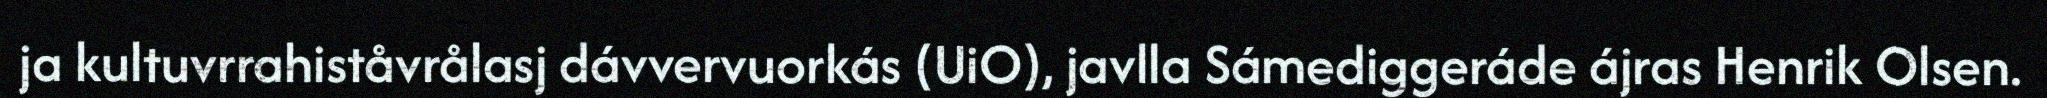
ja kultuvrrahiståvrålasj dávvervuorkás (UiO), javlla Sámediggeráde ájras Henrik Olsen.